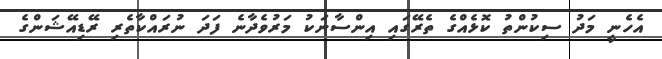
އެހެނީ މަދު ސިކުންތު ކޮޅެއްގެ ތެރޭގައި އިންސާނަކު މަރުވެދާނެ ފަދަ ނުރައްކާތެރި ރޭޑިއޭޝަންގެ